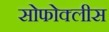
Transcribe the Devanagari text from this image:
सोफोक्लीस